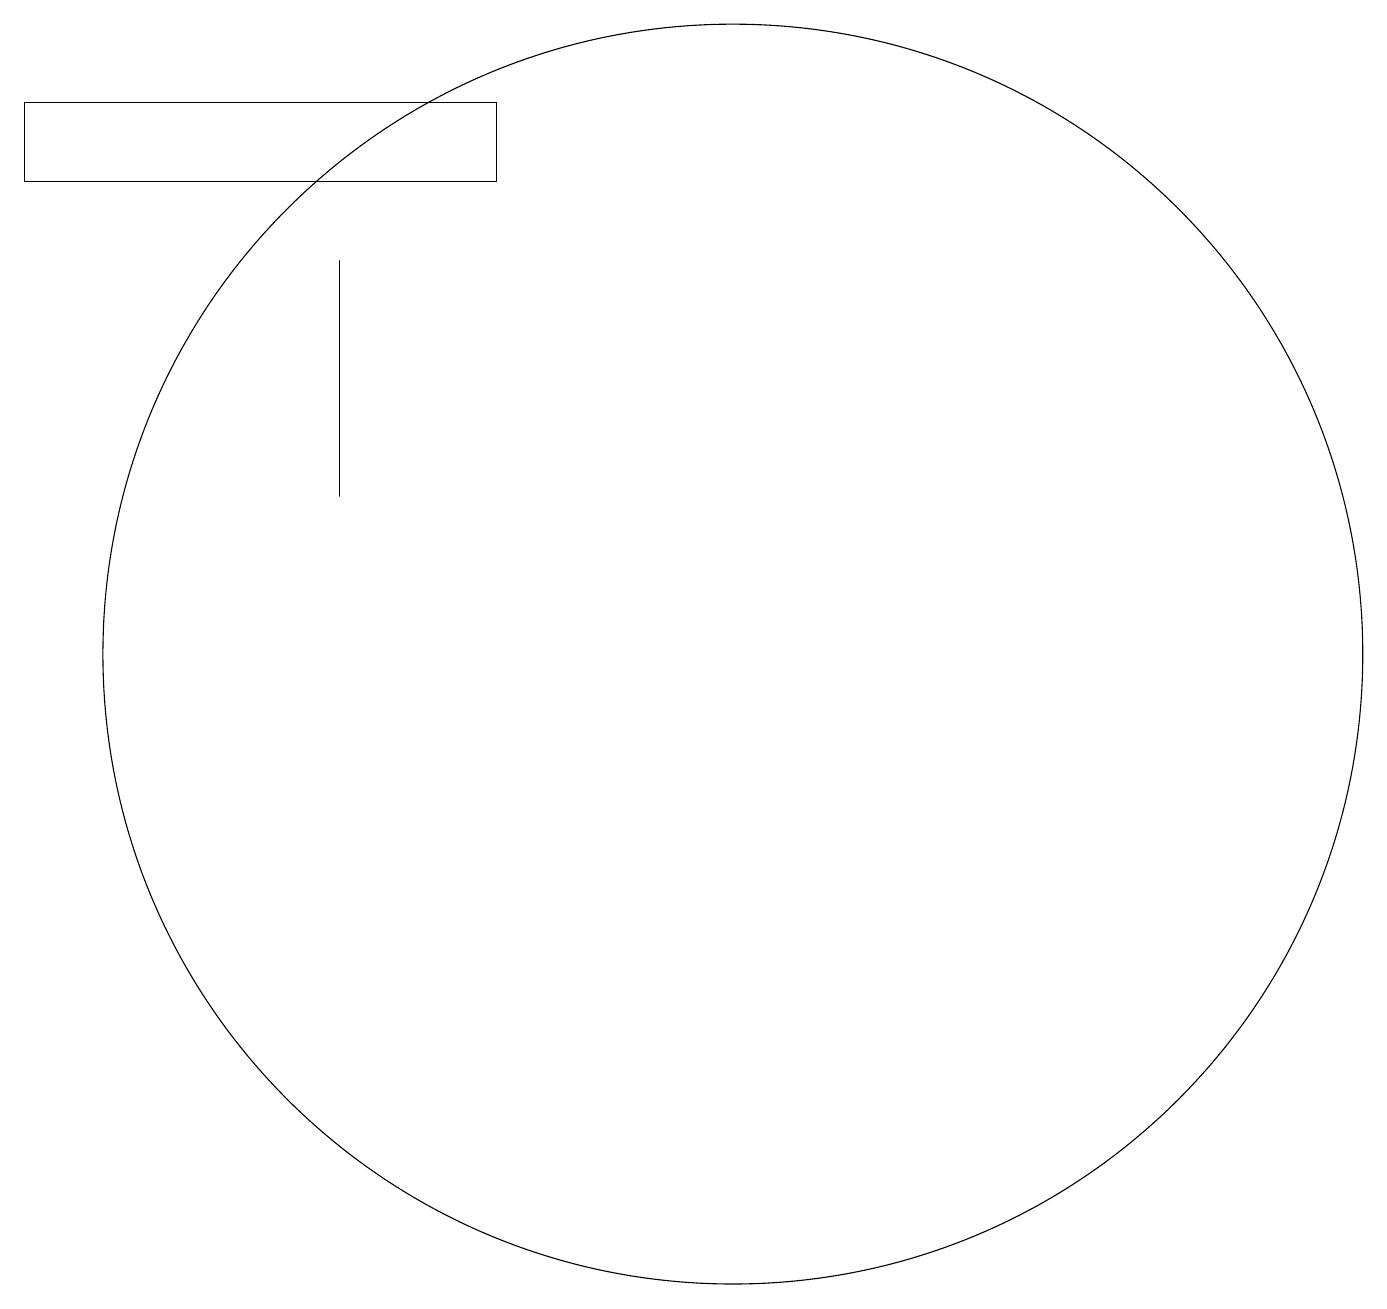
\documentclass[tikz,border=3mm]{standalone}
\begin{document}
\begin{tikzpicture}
\draw (7,16) rectangle (1,17);
\draw (10,10) circle (8);
\draw (5,15) rectangle (5,12);
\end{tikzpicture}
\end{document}